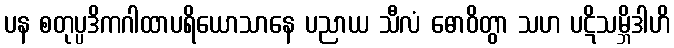
ပန စတုပ္ပဒိကဂါထာပရိယောသာနေ ပညာယ သီလံ ဓောဝိတွာ သဟ ပဋိသမ္ဘိဒါဟိ